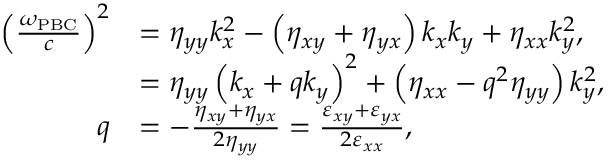
\begin{array} { r l } { \left( \frac { \omega _ { \mathrm { P B C } } } { c } \right) ^ { 2 } } & { = \eta _ { y y } k _ { x } ^ { 2 } - \left( \eta _ { x y } + \eta _ { y x } \right) k _ { x } k _ { y } + \eta _ { x x } k _ { y } ^ { 2 } , } \\ & { = \eta _ { y y } \left( k _ { x } + q k _ { y } \right) ^ { 2 } + \left( \eta _ { x x } - q ^ { 2 } \eta _ { y y } \right) k _ { y } ^ { 2 } , } \\ { q } & { = - \frac { \eta _ { x y } + \eta _ { y x } } { 2 \eta _ { y y } } = \frac { \varepsilon _ { x y } + \varepsilon _ { y x } } { 2 \varepsilon _ { x x } } , } \end{array}